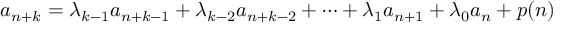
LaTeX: a _ { n + k } = \lambda _ { k - 1 } a _ { n + k - 1 } + \lambda _ { k - 2 } a _ { n + k - 2 } + \cdots + \lambda _ { 1 } a _ { n + 1 } + \lambda _ { 0 } a _ { n } + p ( n )